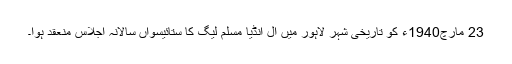
23 مارچ1940ء کو تاریخی شہر لاہور میں آل انڈیا مسلم لیگ کا ستائیسواں سالانہ اجلاس منعقد ہوا۔